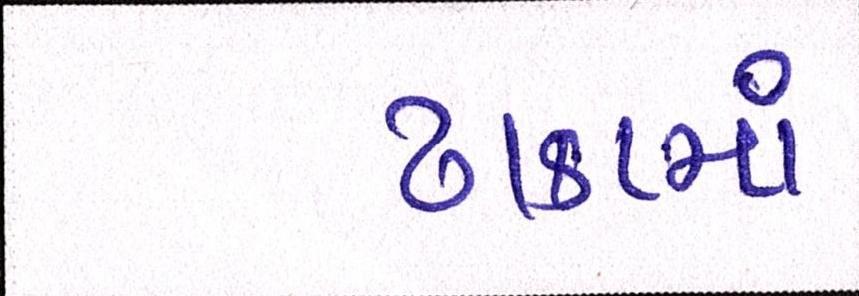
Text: ઢાકામાં